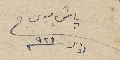
باقي بوي في اذار سنة ٩٢١